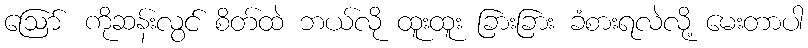
ဪ ကိုဆန်းလွင် စိတ်ထဲ ဘယ်လို ထူးထူး ခြားခြား ခံစားရလဲလို့ မေးတာပါ